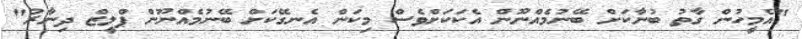
"އެމީހުން ގާތު ބުނާކަށް ބޭނުމެއްނޫން އެކަކަށްވެސް މިކަން އެނގޭކަށް ބޭނުމެއްނޫން ޕްލީޒް ދިނާރު"